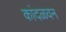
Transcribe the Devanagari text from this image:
कांदळवन